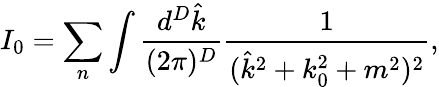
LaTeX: I_{0}=\sum_{n}\int\frac{d^{D}\hat{k}}{(2\pi)^{D}}\frac{1}{(\hat{k}^{2}+k_{0}^{2}+m^{2})^{2}},